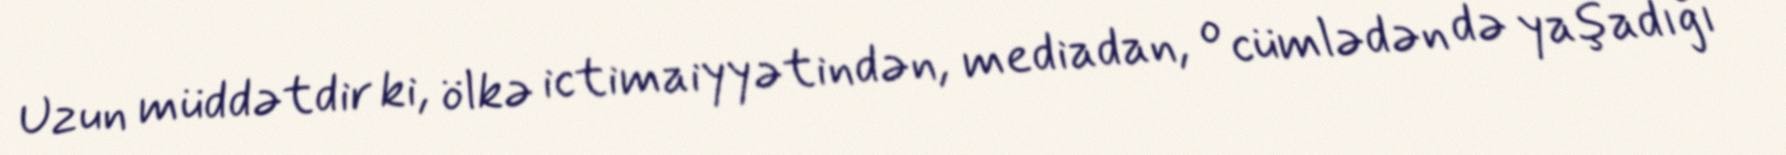
Uzun müddətdir ki, ölkə ictimaiyyətindən, mediadan, o cümlədən də yaşadığı